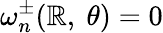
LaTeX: \omega_{n}^{\pm}(\mathbb{R},\ \theta)=0